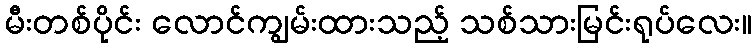
မီးတစ်ပိုင်း လောင်ကျွမ်းထားသည့် သစ်သားမြင်းရုပ်လေး။